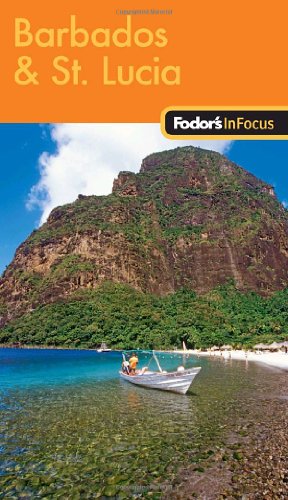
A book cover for Fodor's In Focus Barbados & St. Lucia, 1st Edition (Travel Guide); Fodor's; Travel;